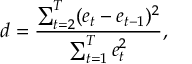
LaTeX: d = { \frac { \sum _ { t = 2 } ^ { T } ( e _ { t } - e _ { t - 1 } ) ^ { 2 } } { \sum _ { t = 1 } ^ { T } e _ { t } ^ { 2 } } } ,